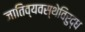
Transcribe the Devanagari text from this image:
जातिव्यवस्थेविरुद्ध